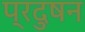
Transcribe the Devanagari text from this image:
प्रदुषन